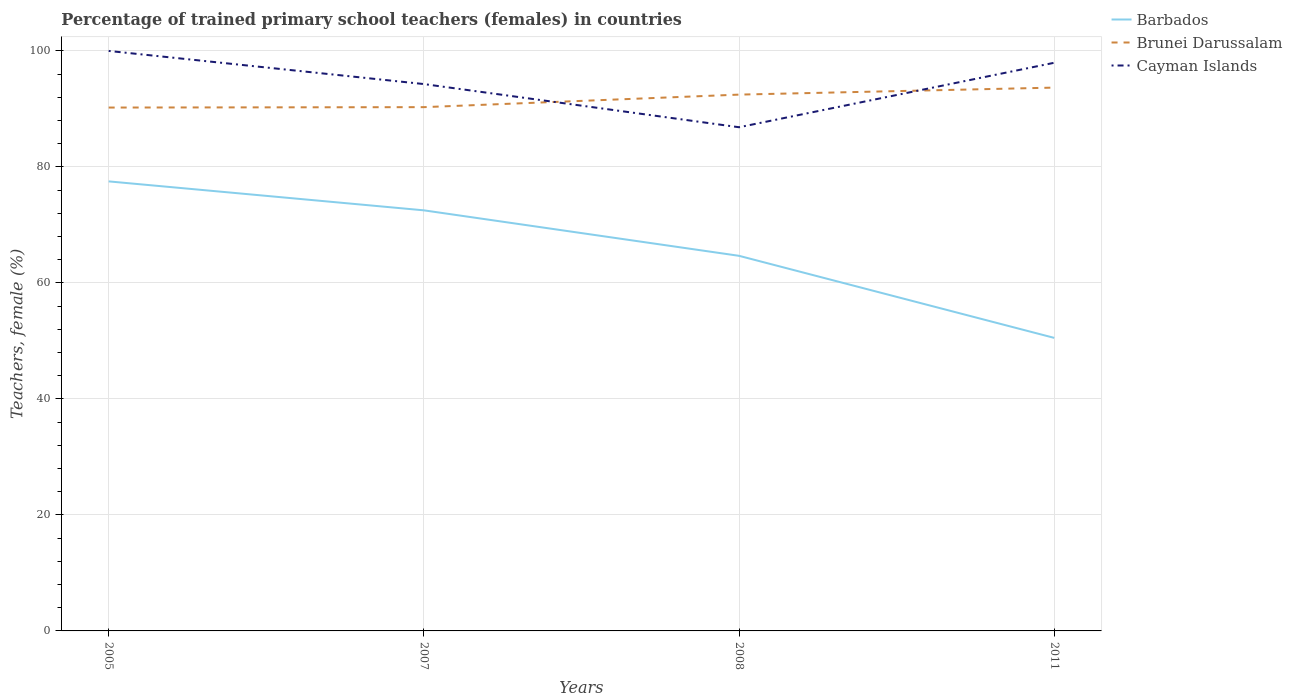
| Years | Barbados | Brunei Darussalam | Cayman Islands |
 | --- | --- | --- | --- |
 | 2005 | 77.5 | 90.2 | 100 |
 | 2007 | 72.5 | 90.3 | 94.3 |
 | 2008 | 64.7 | 92.5 | 86.8 |
 | 2011 | 50.5 | 93.7 | 98 |